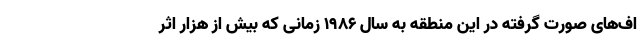
اف‌های صورت گرفته در این منطقه به سال ۱۹۸۶ زمانی که بیش از هزار اثر